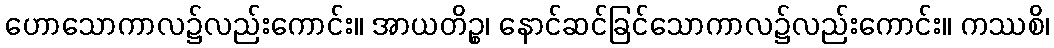
ဟောသောကာလ၌လည်းကောင်း။ အာယတိဉ္စ၊ နောင်ဆင်ခြင်သောကာလ၌လည်းကောင်း။ ကဿစိ၊